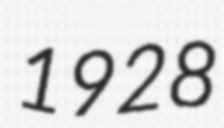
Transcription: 1928